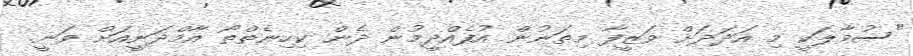
"ސުވާލަކީ މި އަދަދަށް ވަޒީފާ މިތަނުން އުފެއްދީމުން ދެން ކިހިނެތްތޯ އާމްދަނީއަށް ވަނީ.